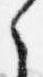
之